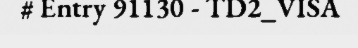
# Entry 91130 - TD2_VISA